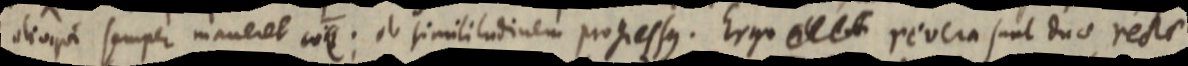
alioqui semper maneret co_; ob similitudinem progressus. Ergo _ revera sunt duae rectae